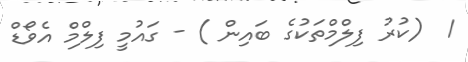
1  (ކުރު ފިލްމްތަކުގެ ބައިން ) - ގައުމީ ފިލްމް އެވޯޑް